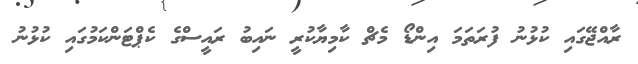
ރާއްޖޭގައި ކުޅުނު ފުރަތަމަ އިންޑޯ މެޗް ކާމިޔާކުރީ ނައިބު ރައީސްގެ ކެޕްޓަންކަމުގައި ކުޅުނު